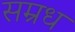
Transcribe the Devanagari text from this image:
सम्रध